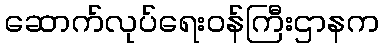
ဆောက်လုပ်ရေးဝန်ကြီးဌာနက